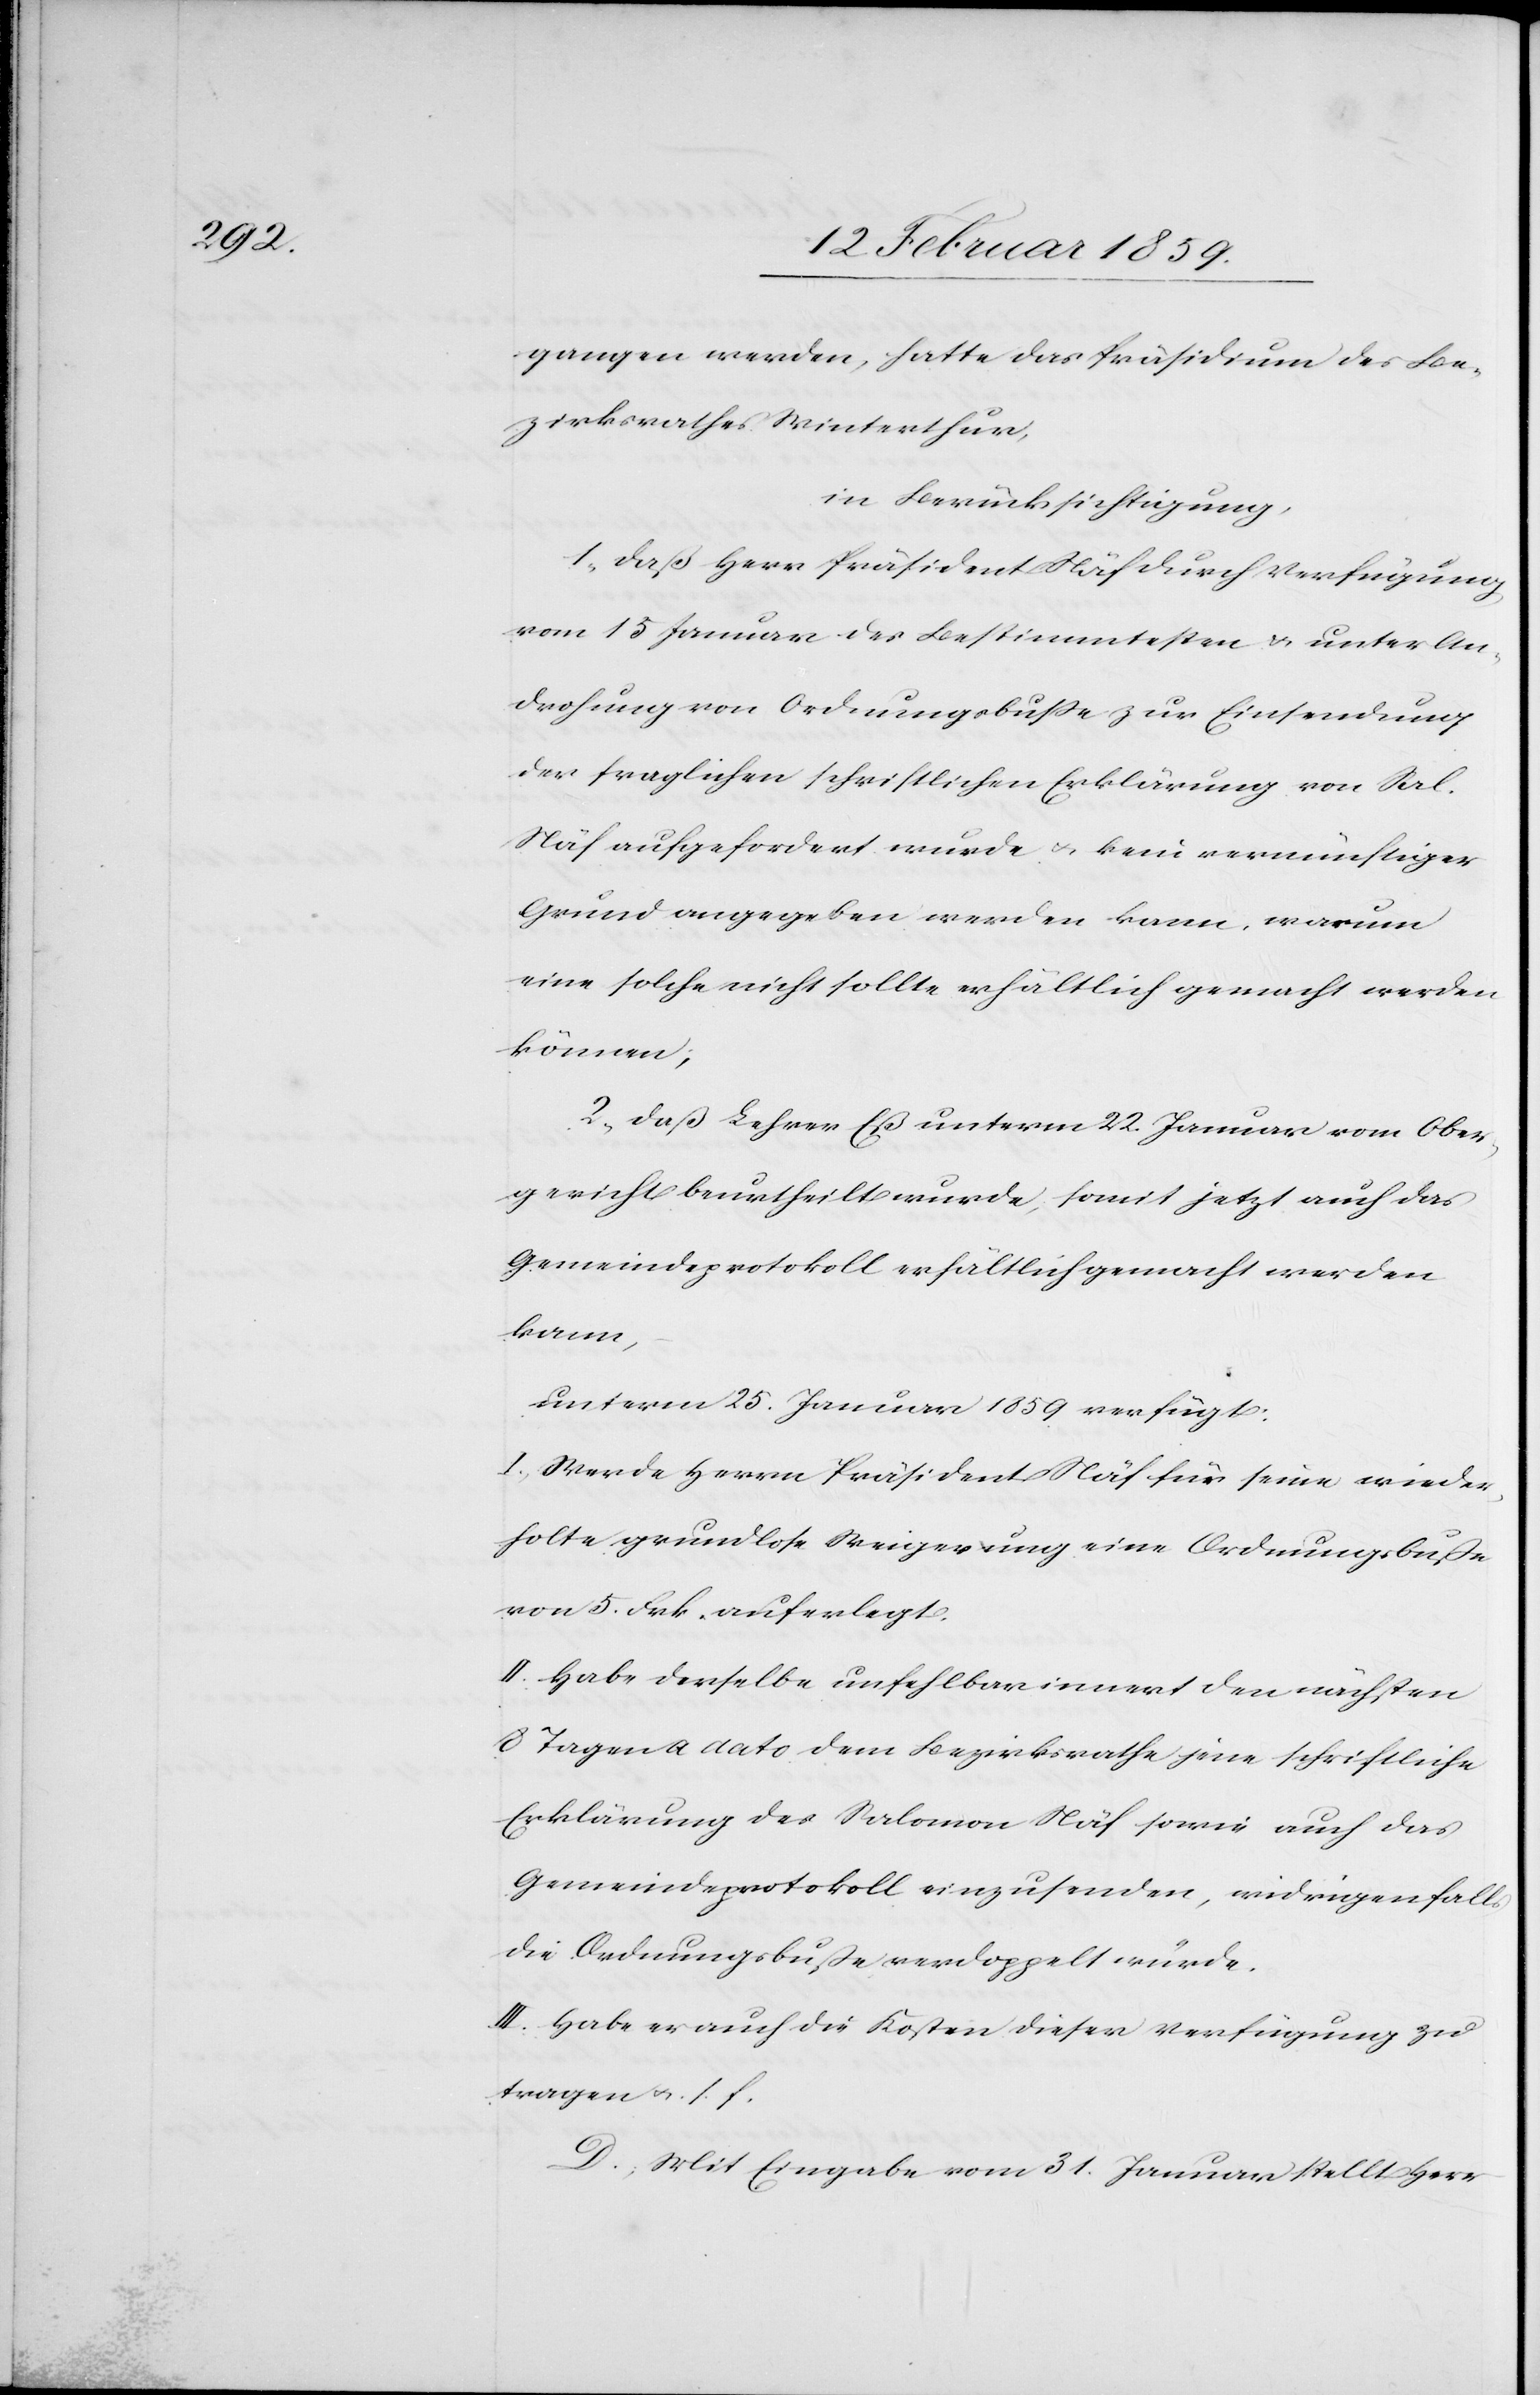
gangen werden, hatte das Präsidium des Be¬
zirksrathes Winterthur ,
in Berücksichtigung,
1, daß Herr Präsident Näf durch Verfügung
vom 15 Januar des Bestimmtesten u. unter An¬
drohung von Ordnungsbuße zur Einsendung
der fraglichen schriftlichen Erklärung von Sal.
Näf aufgefordert wurde u. kein vernünftiger
Grund angegeben werden kann, warum
eine solche nicht sollte erhältlich gemacht werden
können;
2, daß Lehrer Eß unterm 22. Januar vom Ober¬
gericht beurtheilt wurde, somit jetzt auch das
Gemeindeprotokoll erhältlich gemacht werden
kann,
unterm 25. Januar 1859 verfügt:
I. Werde Herrn Präsident Näf für seine wieder¬
holte grundlose Weigerung eine Ordnungsbuße
von 5. Frk. auferlegt.
II Habe derselbe unfehlbar innert den nächsten
8 Tagen a dato dem Bezirksrathe jene schriftliche
Erklärung des Salomon Näf sowie auch das
Gemeindeprotokoll einzusenden, widrigenfalls
die Ordnungsbuße verdoppelt würde.
III. Habe er auch die Kosten dieser Verfügung zu
tragen u. s. f.
D. Mit Eingabe vom 31. Januar stellt Herr